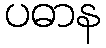
ပဓာန